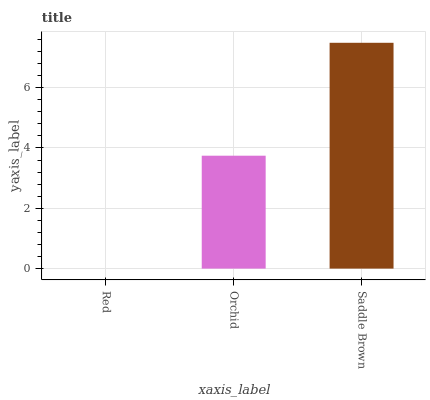
| xaxis_label | bars |
 | --- | --- |
 | Red | 0 |
 | Orchid | 3.74 |
 | Saddle Brown | 7.49 |